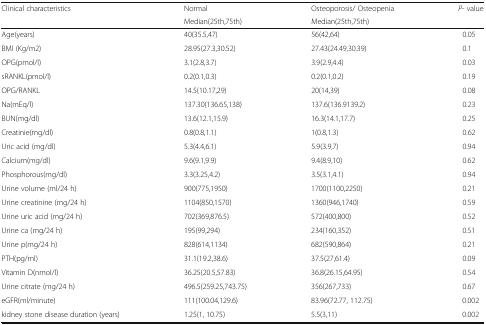
<table><thead><tr><td rowspan="2"><b>Clinical characteristics</b></td><td><b>Normal</b></td><td><b>Osteoporosis/ Osteopenia</b></td><td rowspan="2"><b><i>P</i>- value</b></td></tr><tr><td><b>Median(25th,75th)</b></td><td><b>Median(25th,75th)</b></td></tr></thead><tbody><tr><td>Age(years)</td><td>40(35.5,47)</td><td>56(42,64)</td><td>0.05</td></tr><tr><td>BMI (Kg/m2)</td><td>28.95(27.3,30.52)</td><td>27.43(24.49,30.39)</td><td>0.1</td></tr><tr><td>OPG(pmol/l)</td><td>3.1(2.8,3.7)</td><td>3.9(2.9,4.4)</td><td>0.03</td></tr><tr><td>sRANKL(pmol/l)</td><td>0.2(0.1,0.3)</td><td>0.2(0.1,0.2)</td><td>0.19</td></tr><tr><td>OPG/RANKL</td><td>14.5(10.17,29)</td><td>20(14,39)</td><td>0.08</td></tr><tr><td>Na(mEq/l)</td><td>137.30(136.65,138)</td><td>137.6(136.9139.2)</td><td>0.23</td></tr><tr><td>BUN(mg/dl)</td><td>13.6(12.1,15.9)</td><td>16.3(14.1,17.7)</td><td>0.25</td></tr><tr><td>Creatinie(mg/dl)</td><td>0.8(0.8,1.1)</td><td>1(0.8,1.3)</td><td>0.62</td></tr><tr><td>Uric acid (mg/dl)</td><td>5.3(4.4,6.1)</td><td>5.9(3.9,7)</td><td>0.94</td></tr><tr><td>Calcium(mg/dl)</td><td>9.6(9.1,9.9)</td><td>9.4(8.9,10)</td><td>0.62</td></tr><tr><td>Phosphorous(mg/dl)</td><td>3.3(3.25,4.2)</td><td>3.5(3.1,4.1)</td><td>0.94</td></tr><tr><td>Urine volume (ml/24 h)</td><td>900(775,1950)</td><td>1700(1100,2250)</td><td>0.21</td></tr><tr><td>Urine creatinine (mg/24 h)</td><td>1104(850,1570)</td><td>1360(946,1740)</td><td>0.59</td></tr><tr><td>Urine uric acid (mg/24 h)</td><td>702(369,876.5)</td><td>572(400,800)</td><td>0.52</td></tr><tr><td>Urine ca (mg/24 h)</td><td>195(99,294)</td><td>234(160,352)</td><td>0.51</td></tr><tr><td>Urine p(mg/24 h)</td><td>828(614,1134)</td><td>682(590,864)</td><td>0.21</td></tr><tr><td>PTH(pg/ml)</td><td>31.1(19.2,38.6)</td><td>37.5(27,61.4)</td><td>0.09</td></tr><tr><td>Vitamin D(nmol/l)</td><td>36.25(20.5,57.83)</td><td>36.8(26.15,64.95)</td><td>0.54</td></tr><tr><td>Urine citrate (mg/24 h)</td><td>496.5(259.25,743.75)</td><td>356(267,733)</td><td>0.67</td></tr><tr><td>eGFR(ml/minute)</td><td>111(100.04,129.6)</td><td>83.96(72.77, 112.75)</td><td>0.002</td></tr><tr><td>kidney stone disease duration (years)</td><td>1.25(1, 10.75)</td><td>5.5(3,11)</td><td>0.002</td></tr></tbody></table>